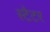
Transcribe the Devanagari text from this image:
स्टैटर